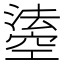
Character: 𤀢